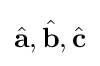
{\hat {\mathbf {a} }},{\hat {\mathbf {b} }},{\hat {\mathbf {c} }}